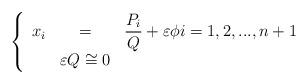
LaTeX: \begin{align*}\left\{ \begin{array}{ccc}x_{i} & = & \dfrac{P_{i}}{Q}+\varepsilon \phi i=1,2,...,n+1 \\ & \varepsilon Q\cong 0 & \end{array}\right. \end{align*}